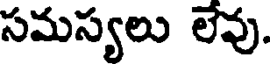
సమస్యలు లేవు.